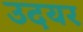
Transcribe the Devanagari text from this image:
उदयर